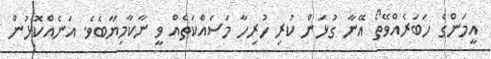
އީމަންގެ ހަބަރެއްވޭތޯ އޭނާ ގުޅަން ކުރި ހުރިހާ މަސައްކަތެއް ވީ ނާކާމިޔާބެވެ. އަނެއްކޮޅުން